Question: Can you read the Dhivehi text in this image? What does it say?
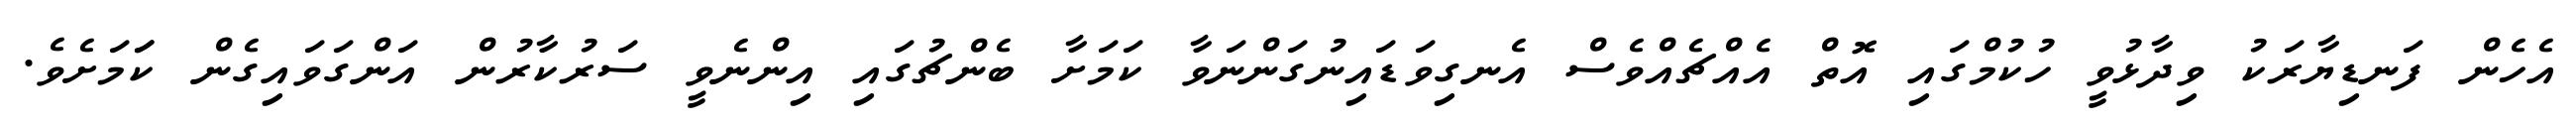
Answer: އެހެން ފަނޑިޔާރަކު ވިދާޅުވީ ހުކުމްގައި އޮތް އެއްޗެއްވެސް އެނގިވަޑައިނުގަންނަވާ ކަމަށާ ބެންޗުގައި އިންނެވީ ސަރުކާރުން އަންގަވައިގެން ކަަމަށެވެ.